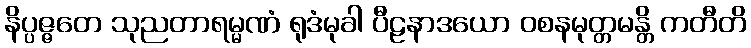
နိပ္ပဇ္ဇတေ သုညတာရမ္မဏံ ရုဒံမုခါ ပီဠနာဒယော ဝစနမုတ္တမန္တိ ကတီတိ